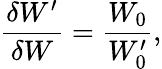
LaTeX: \frac{\delta W^{\prime}}{\delta W}=\frac{W_{0}}{W_{0}^{\prime}},